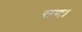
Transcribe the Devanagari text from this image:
सण।